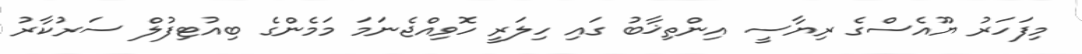
މިފަހަރު ޔޫއެސްގެ ރިޔާސީ އިންތިޚާބު ގައި ހިލަރީ ހޮވިއްޖެނަމަ މަމެންގެ ބިއުޓިފުލް ސަރުކާރު